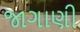
જાગાણી